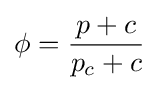
\phi ={\frac {p+c}{p_{c}+c}}